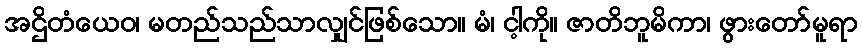
အဌိတံယေဝ၊ မတည်သည်သာလျှင်ဖြစ်သော။ မံ၊ ငါ့ကို။ ဇာတိဘူမိကာ၊ ဖွားတော်မူရာ